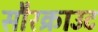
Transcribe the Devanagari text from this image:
सौरक्राउट